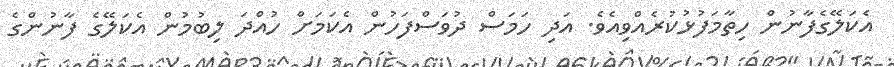
އެކަލޭގެފާނުން ހިތާމަފުޅުކުރެއްވިއެވެ. އަދި ހަމަސް ދުވަސްފަހުން އެކަމަށް ހުއްދަ ލިބުމުން އެކަލޭގެ ފާނުންގެ